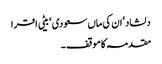
دلشاد‘ ان کی ماں سعودی ‘ بیٹی اقرا
مقدمہ کا موقف ۔